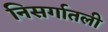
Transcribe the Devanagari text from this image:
निसर्गातली